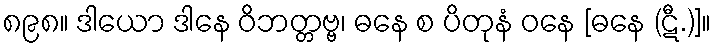
၈၉၈။ ဒါယော ဒါနေ ဝိဘတ္တဗ္ဗ၊ ဓနေ စ ပိတုနံ ဝနေ [ဓနေ (ဋီ.)]။